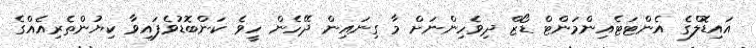
އައިޑޮލްގެ އެންޓަޓެއިންމަންޓް ޑޯޒް ދިވެހިންނަށް މާ ގިނައިން ދޭހެން ހީވެ ކަންބޮޑުވެފައިވާ ކިޔުންތެރިއެއްގެ